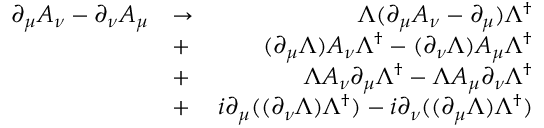
\begin{array} { r l r } { \partial _ { \mu } A _ { \nu } - \partial _ { \nu } A _ { \mu } } & { \to } & { \Lambda ( \partial _ { \mu } A _ { \nu } - \partial _ { \mu } ) \Lambda ^ { \dagger } } \\ & { + } & { ( \partial _ { \mu } \Lambda ) A _ { \nu } \Lambda ^ { \dagger } - ( \partial _ { \nu } \Lambda ) A _ { \mu } \Lambda ^ { \dagger } } \\ & { + } & { \Lambda A _ { \nu } \partial _ { \mu } \Lambda ^ { \dagger } - \Lambda A _ { \mu } \partial _ { \nu } \Lambda ^ { \dagger } } \\ & { + } & { i \partial _ { \mu } ( ( \partial _ { \nu } \Lambda ) \Lambda ^ { \dagger } ) - i \partial _ { \nu } ( ( \partial _ { \mu } \Lambda ) \Lambda ^ { \dagger } ) } \end{array}